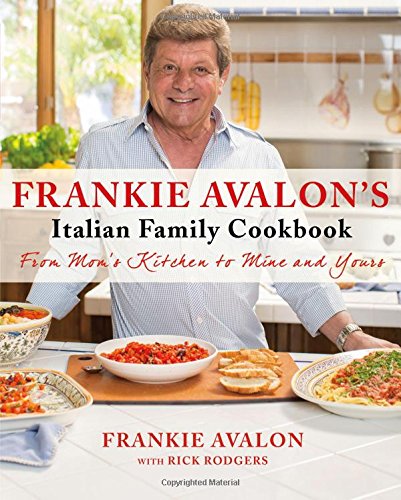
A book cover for Frankie Avalon's Italian Family Cookbook: From Mom's Kitchen to Mine and Yours; Frankie Avalon; Cookbooks, Food & Wine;